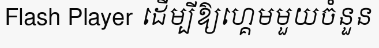
Flash Player ដើម្បីឱ្យហ្គេមមួយចំនួន